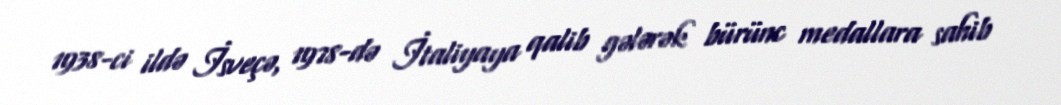
1938-ci ildə İsveçə, 1978-də İtaliyaya qalib gələrək bürünc medallara sahib